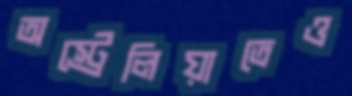
অস্ট্রেলিয়াতেও